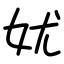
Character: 㚭